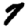
Digit: 7